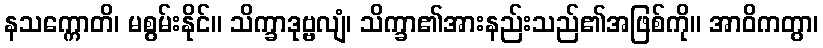
နသက္ကောတိ၊ မစွမ်းနိုင်။ သိက္ခာဒုဗ္ဗလျံ၊ သိက္ခာ၏အားနည်းသည်၏အဖြစ်ကို။ အာဝိကတွာ၊